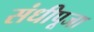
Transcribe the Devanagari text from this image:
संधीपूजा